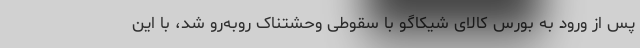
پس از ورود به بورس کالای شیکاگو با سقوطی وحشتناک روبه‌رو شد، با این